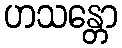
ဟသန္တော